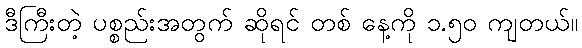
ဒီကြီးတဲ့ ပစ္စည်းအတွက် ဆိုရင် တစ် နေ့ကို ၁.၅၀ ကျတယ်။